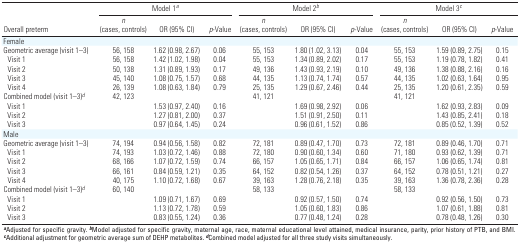
<table><thead><tr><td rowspan="2"><b>Overall preterm</b></td><td colspan="3"><b>Model 1<sup><i>a</i></sup></b></td><td colspan="3"><b>Model 2<sup><i>b</i></sup></b></td><td colspan="3"><b>Model 3<sup><i>c</i></sup></b></td></tr><tr><td><b><i>n</i> (cases, controls)</b></td><td><b>OR (95% CI)</b></td><td><b><i>p</i>-Value</b></td><td><b><i>n</i> (cases, controls)</b></td><td><b>OR (95% CI)</b></td><td><b><i>p</i>-Value</b></td><td><b><i>n</i> (cases, controls)</b></td><td><b>OR (95% CI)</b></td><td><b><i>p</i>-Value</b></td></tr></thead><tbody><tr><td><b>Female</b></td></tr><tr><td><b>Geometric average (visit 1–3)</b></td><td>56, 158</td><td>1.62 (0.98, 2.67)</td><td>0.06</td><td>55, 153</td><td>1.80 (1.02, 3.13)</td><td>0.04</td><td>55, 153</td><td>1.59 (0.89, 2.75)</td><td>0.15</td></tr><tr><td><b><i>Visit 1</i></b></td><td>56, 158</td><td>1.42 (1.02, 1.98)</td><td>0.04</td><td>55, 153</td><td>1.34 (0.89, 2.02)</td><td>0.17</td><td>55, 153</td><td>1.19 (0.78, 1.82)</td><td>0.41</td></tr><tr><td><b><i>Visit 2</i></b></td><td>50, 138</td><td>1.31 (0.89, 1.93)</td><td>0.17</td><td>49, 136</td><td>1.43 (0.93, 2.19)</td><td>0.10</td><td>49, 136</td><td>1.38 (0.88, 2.16)</td><td>0.16</td></tr><tr><td><b><i>Visit 3</i></b></td><td>45, 140</td><td>1.08 (0.75, 1.57)</td><td>0.68</td><td>44, 135</td><td>1.13 (0.74, 1.74)</td><td>0.57</td><td>44, 135</td><td>1.02 (0.63, 1.64)</td><td>0.95</td></tr><tr><td><b><i>Visit 4</i></b></td><td>26, 139</td><td>1.08 (0.63, 1.84)</td><td>0.79</td><td>25, 135</td><td>1.29 (0.67, 2.46)</td><td>0.44</td><td>25, 135</td><td>1.20 (0.61, 2.35)</td><td>0.59</td></tr><tr><td><b>Combined model (visit 1–3)<sup><i>d</i></sup></b></td><td>42, 123</td><td></td><td></td><td>41, 121</td><td></td><td></td><td>41, 121</td></tr><tr><td><b>Visit 1</b></td><td></td><td>1.53 (0.97, 2.40)</td><td>0.16</td><td></td><td>1.69 (0.98, 2.92)</td><td>0.06</td><td></td><td>1.62 (0.93, 2.83)</td><td>0.09</td></tr><tr><td><b>Visit 2</b></td><td></td><td>1.27 (0.81, 2.00)</td><td>0.37</td><td></td><td>1.51 (0.91, 2.50)</td><td>0.11</td><td></td><td>1.43 (0.85, 2.41)</td><td>0.18</td></tr><tr><td><b>Visit 3</b></td><td></td><td>0.97 (0.64, 1.45)</td><td>0.24</td><td></td><td>0.96 (0.61, 1.52)</td><td>0.86</td><td></td><td>0.85 (0.52, 1.39)</td><td>0.52</td></tr><tr><td><b>Male</b></td></tr><tr><td><b>Geometric average (visit 1–3)</b></td><td>74, 194</td><td>0.94 (0.56, 1.58)</td><td>0.82</td><td>72, 181</td><td>0.89 (0.47, 1.70)</td><td>0.73</td><td>72, 181</td><td>0.89 (0.46, 1.70)</td><td>0.71</td></tr><tr><td><b>Visit 1</b></td><td>74, 193</td><td>1.03 (0.72, 1.46)</td><td>0.88</td><td>72, 180</td><td>0.90 (0.60, 1.34)</td><td>0.60</td><td>71, 180</td><td>0.93 (0.62, 1.39)</td><td>0.71</td></tr><tr><td><b>Visit 2</b></td><td>68, 166</td><td>1.07 (0.72, 1.59)</td><td>0.74</td><td>66, 157</td><td>1.05 (0.65, 1.71)</td><td>0.84</td><td>66, 157</td><td>1.06 (0.65, 1.74)</td><td>0.81</td></tr><tr><td><b>Visit 3</b></td><td>66, 161</td><td>0.84 (0.59, 1.21)</td><td>0.35</td><td>64, 152</td><td>0.82 (0.54, 1.26)</td><td>0.37</td><td>64, 152</td><td>0.78 (0.51, 1.21)</td><td>0.27</td></tr><tr><td><b>Visit 4</b></td><td>40, 175</td><td>1.10 (0.72, 1.68)</td><td>0.67</td><td>39, 163</td><td>1.28 (0.76, 2.18)</td><td>0.35</td><td>39, 163</td><td>1.36 (0.78, 2.36)</td><td>0.28</td></tr><tr><td><b>Combined model (visit 1–3)<sup><i>d</i></sup></b></td><td>60, 140</td><td></td><td></td><td>58, 133</td><td></td><td></td><td>58, 133</td></tr><tr><td><b>Visit 1</b></td><td></td><td>1.09 (0.71, 1.67)</td><td>0.69</td><td></td><td>0.92 (0.57, 1.50)</td><td>0.74</td><td></td><td>0.92 (0.56, 1.50)</td><td>0.73</td></tr><tr><td><b>Visit 2</b></td><td></td><td>1.13 (0.72, 1.78)</td><td>0.59</td><td></td><td>1.05 (0.60, 1.83)</td><td>0.86</td><td></td><td>1.07 (0.61, 1.88)</td><td>0.81</td></tr><tr><td><b>Visit 3</b></td><td></td><td>0.83 (0.55, 1.24)</td><td>0.36</td><td></td><td>0.77 (0.48, 1.24)</td><td>0.28</td><td></td><td>0.78 (0.48, 1.26)</td><td>0.30</td></tr><tr><td colspan="10"><sup><i><b>a</b></i></sup>Adjusted for specific gravity. <sup><i><b>b</b></i></sup>Model adjusted for specific gravity, maternal age, race, maternal educational level attained, medical insurance, parity, prior history of PTB, and BMI. <sup><i><b>c</b></i></sup>Additional adjustment for geometric average sum of DEHP metabolites. <sup><i><b>d</b></i></sup>Combined model adjusted for all three study visits simultaneously.</td></tr></tbody></table>